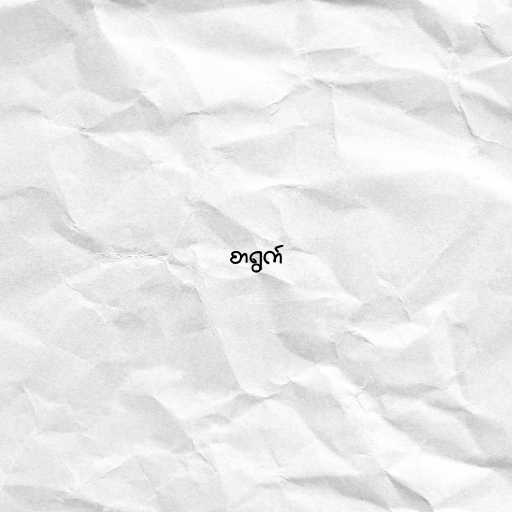
စာရွက်